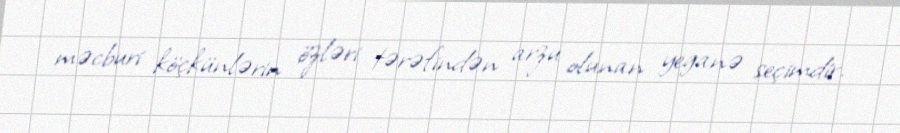
məcburi köçkünlərin özləri tərəfindən arzu olunan yeganə seçimdir.